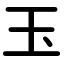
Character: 玉